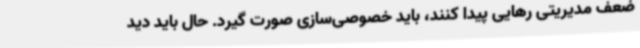
ضعف مدیریتی رهایی پیدا کنند، باید خصوصی‌سازی صورت گیرد. حال باید دید